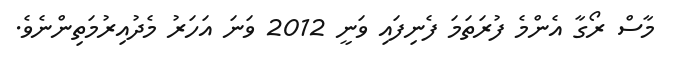
މާސް ރޯގާ އެންމެ ފުރަތަމަ ފެނިފައި ވަނީ 2012 ވަނަ އަހަރު މެދުއިރުމަތިންނެވެ.